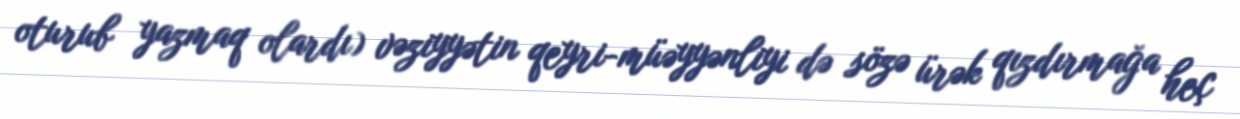
oturub yazmaq olardı) vəziyyətin qeyri-müəyyənliyi də sözə ürək qızdırmağa heç